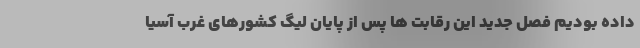
داده بودیم فصل جدید این رقابت ها پس از پایان لیگ کشورهای غرب آسیا